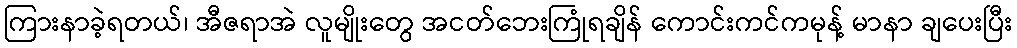
ကြားနာခဲ့ရတယ်၊ အီဇရာအဲ လူမျိုးတွေ အငတ်ဘေးကြုံရချိန် ကောင်းကင်ကမုန့် မာနာ ချပေးပြီး